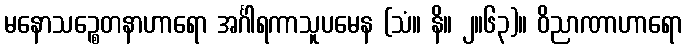
မနောသဉ္စေတနာဟာရော အင်္ဂါရကာသူပမေန (သံ။ နိ။ ၂။၆၃)။ ဝိညာဏာဟာရော